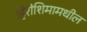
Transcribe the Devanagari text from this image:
हिरोशिमामधील